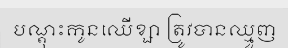
បណ្តុះកូនឈើខ្សា ត្រូវបានឈ្មួញ